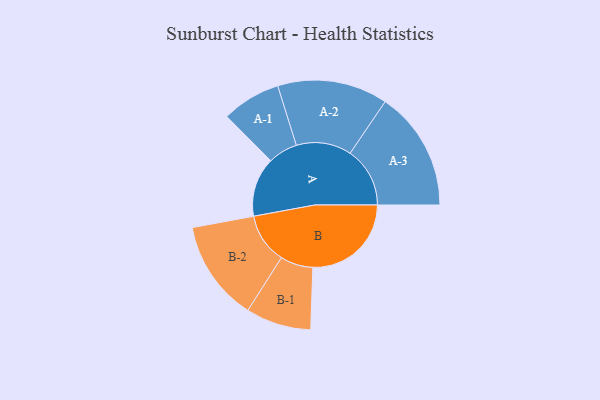
{"axis": {"x": "Segment", "y": "Value"}, "legend": ["", "A", "B"], "data": [{"x": "A", "y": 298, "type": ""}, {"x": "B", "y": 494, "type": ""}, {"x": "A-1", "y": 148, "type": "A"}, {"x": "A-2", "y": 277, "type": "A"}, {"x": "A-3", "y": 300, "type": "A"}, {"x": "B-1", "y": 164, "type": "B"}, {"x": "B-2", "y": 253, "type": "B"}]}